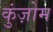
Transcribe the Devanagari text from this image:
कुंज़ोम